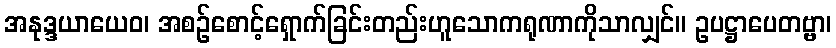
အနုဒ္ဒယာယေဝ၊ အစဉ်စောင့်ရှောက်ခြင်းတည်းဟူသောကရုဏာကိုသာလျှင်။ ဥပဋ္ဌာပေတဗ္ဗာ၊